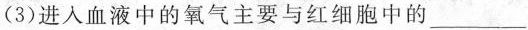
(3)进入血液中的氧气主要与红细胞中的___